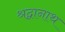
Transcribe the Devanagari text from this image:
श्रद्वानाथ